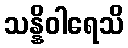
သန္နိဝါရေသိ